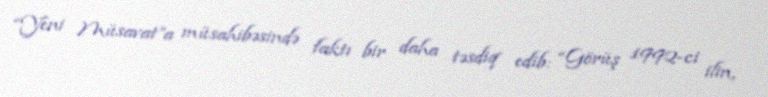
“Yeni Müsavat”a müsahibəsində faktı bir daha təsdiq edib: “Görüş 1992-ci ilin,